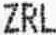
ZRL